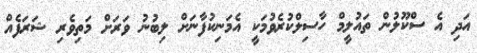
އަދި އެ ސްކޫލުން ތައުލީމް ހާސިލްކުރެވުމަކީ އެމަނިކުފާނަށް ލިބުނު ވަރަށް މަތިވެރި ޝަރަފެއް